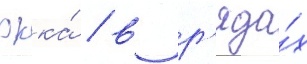
ркка́ / в р'яда́х